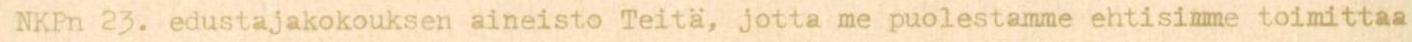
NKPn 23. edustajakokouksen aineisto Teitä, jotta me puolestamme ehtisimme toimittaa